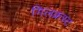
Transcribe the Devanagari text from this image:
गिलक्रस्ट